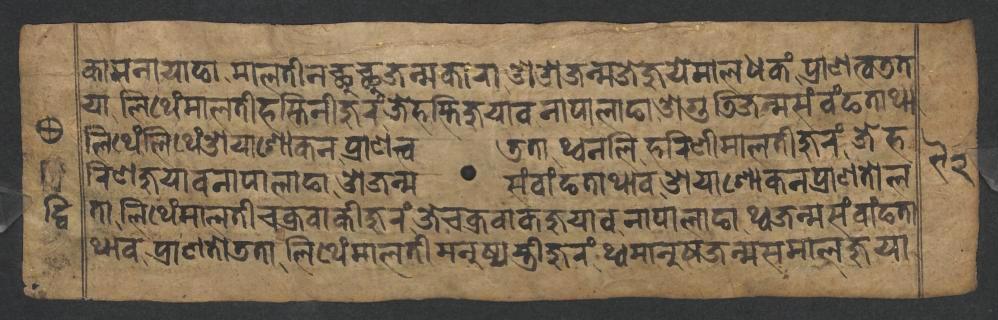
𑐎𑐵𑐩𑐣𑐵𑐫𑐵𑐒𑐵𑐩𑐵𑐮𑐟𑐷𑐣𑐕𑐸𑐕𑐸𑐖𑐣𑑂𑐩𑐎𑐵𑐬𑐵𑐌𑐌𑐖𑐣𑑂𑐩𑐖𑐾𑐖𑐸𑐫𑐾𑐩𑐵𑐮𑐢𑐎𑑄𑐥𑑂𑐬𑐵𑐞𑐟𑑂𑐰𑐜𑐟 𑐫𑐵𑐮𑐶𑐠𑐾𑑄𑐩𑐵𑐮𑐟𑐷𑐴𑐳𑑂𑐟𑐶𑐣𑐷𑐖𑐸𑐬𑑄𑐖𑐾𑐴𑐳𑑂𑐟𑐶𑐖𑐸𑐫𑐵𑐰𑐣𑐵𑐥𑐵𑐮𑐵𑐒𑐵𑐌𑐐𑐸𑐜𑐶𑐖𑐣𑑂𑐩𑐳𑑄𑐰𑑄𑐒𑐟𑐵𑐠𑐵 𑐮𑐶𑐠𑐾𑑄𑐮𑐶𑐠𑐾𑑄𑐌𑐫𑐵𑐱𑑀𑐎𑐣𑐥𑑂𑐬𑐵𑐞𑐟𑑂𑐰𑐜𑐟𑐵𑐠𑑂𑐰𑐣𑐮𑐶𑐴𑐬𑐶𑐞𑐷𑐩𑐵𑐮𑐟𑐷𑐖𑐸𑐬𑑄𑐖𑐾𑐴 𑐬𑐶𑐞𑐖𑐸𑐫𑐵𑐰𑐣𑐵𑐥𑐵𑐮𑐵𑐒𑐵𑐌𑐖𑐣𑑂𑐩𑐳𑑄𑐰𑐵𑑄𑐒𑐟𑐵𑐠𑐵𑐰𑐌𑐫𑐵𑐱𑑀𑐎𑐣𑐥𑑂𑐬𑐵𑐞𑐟𑑀𑐮 𑐟𑐵𑐮𑐶𑐠𑐾𑑄𑐩𑐵𑐮𑐟𑐷𑐔𑐎𑑂𑐬𑐰𑐵𑐎𑐷𑐖𑐸𑐬𑑄𑐖𑐾𑐔𑐎𑑂𑐬𑐰𑐵𑐎𑐖𑐸𑐫𑐵𑐰𑐣𑐵𑐥𑐵𑐮𑐵𑐒𑐵𑐠𑑂𑐰𑐖𑐣𑑂𑐩𑐳𑑄𑐰𑐵𑑄𑐒𑐟𑐵 𑐠𑐵𑐰𑐥𑑂𑐬𑐵𑐞𑐟𑑀𑐜𑐟𑐵𑐮𑐶𑐠𑐾𑑄𑐩𑐵𑐮𑐟𑐷𑐩𑐣𑐸𑐲𑑂𑐫𑐳𑑂𑐟𑑂𑐬𑐷𑐖𑐸𑐬𑑄𑐠𑑂𑐰𑐩𑐵𑐣𑐸𑐲𑐖𑐣𑑂𑐩𑐳𑐩𑐵𑐮𑐖𑐸𑐫𑐵